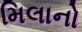
મિલાનો